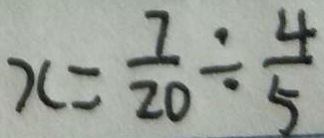
x = \frac { 7 } { 2 0 } \div \frac { 4 } { 5 }